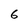
Character: 6